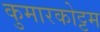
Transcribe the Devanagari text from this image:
कुमारकोट्टम